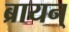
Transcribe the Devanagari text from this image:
ब्रायन्